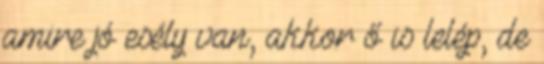
amire jó esély van, akkor ő is lelép, de